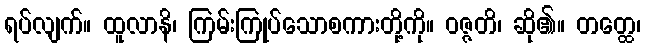
ရပ်လျက်။ ထူလာနိ၊ ကြမ်းကြုပ်သောစကားတို့ကို။ ဝဇ္ဇတိ၊ ဆို၏။ တတ္ထေ၊